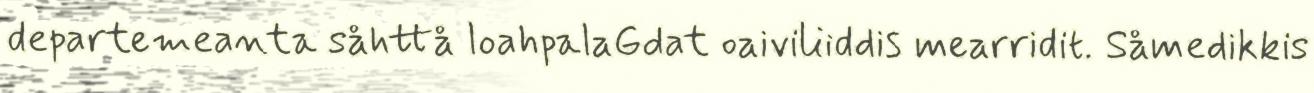
departemeanta såhttå loahpalaGdat oaiviliiddis mearridit. Såmedikkis